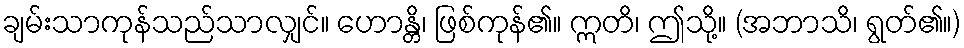
ချမ်းသာကုန်သည်သာလျှင်။ ဟောန္တိ၊ ဖြစ်ကုန်၏။ ဣတိ၊ ဤသို့။ (အဘာသိ၊ ရွတ်၏။)